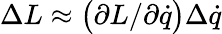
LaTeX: \Delta L\approx{\bigl(}\partial L/\partial{\dot{q}}{\bigr)}\Delta{\dot{q}}